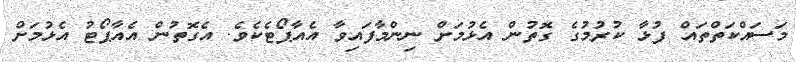
މަސައްކަތްތައް ފުޅާ ކުރުމުގެ ގޮތުން އެޅުމަށް ނިންމާފައިވާ އެއާޕޯޓެކެވެ. އެގޮތުން އެއާޕޯޓު އެޅުމަށް